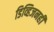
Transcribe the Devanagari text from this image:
डिव्हिजनही